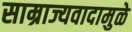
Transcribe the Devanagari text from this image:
साम्राज्यवादामुळे